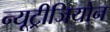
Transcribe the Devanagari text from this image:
न्यूट्रीजियोन